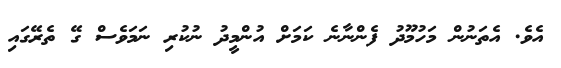
އެވެ. އެތަނުން މަހުމޫދު ފެންނާނެ ކަމަށް އުންމީދު ނުކުރި ނަމަވެސް ގޭ ތެރޭގައި